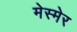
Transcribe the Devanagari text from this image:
मेस्मेर